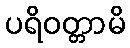
ပရိဝတ္တာမိ